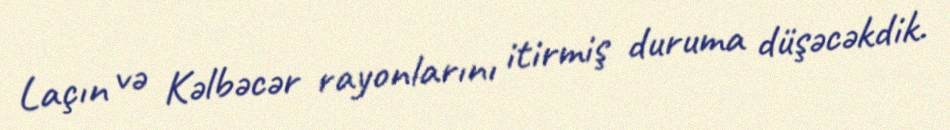
Laçın və Kəlbəcər rayonlarını itirmiş duruma düşəcəkdik.